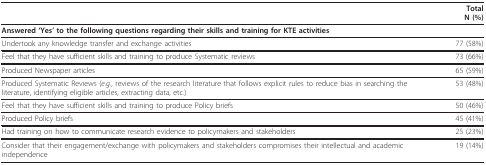
|  | TotalN (%) |
 | --- | --- |
 | Answered 'Yes' to the following questions regarding their skills and training for KTE activities |  |
 | Undertook any knowledge transfer and exchange activities | 77 (58%) |
 | Feel that they have sufficient skills and training to produce Systematic reviews | 73 (66%) |
 | Produced Newspaper articles | 65 (59%) |
 | Produced Systematic Reviews (e.g., reviews of the research literature that follows explicit rules to reduce bias in searching the literature, identifying eligible articles, extracting data, etc.) | 53 (48%) |
 | Feel that they have sufficient skills and training to produce Policy briefs | 50 (46%) |
 | Produced Policy briefs | 45 (41%) |
 | Had training on how to communicate research evidence to policymakers and stakeholders | 25 (23%) |
 | Consider that their engagement/exchange with policymakers and stakeholders compromises their intellectual and academic independence | 19 (14%) |